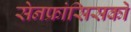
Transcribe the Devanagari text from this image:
सेनफ्रांसिसको